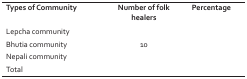
<table><thead><tr><td><b>Types of Community</b></td><td><b>Number of folk healers</b></td><td><b>Percentage</b></td></tr></thead><tbody><tr><td>Lepcha community</td><td>[EMPTY_CELL]</td><td>[EMPTY_CELL]</td></tr><tr><td>Bhutia community</td><td>10</td><td>[EMPTY_CELL]</td></tr><tr><td>Nepali community</td><td>[EMPTY_CELL]</td><td>[EMPTY_CELL]</td></tr><tr><td>Total</td><td>[EMPTY_CELL]</td><td>[EMPTY_CELL]</td></tr></tbody></table>